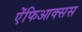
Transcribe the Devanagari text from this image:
ऐंफिआक्सस